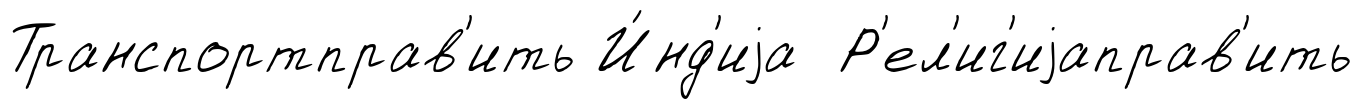
Транспортправ'ить И́нд'иjа Р'ел'иг'иjаправ'ить